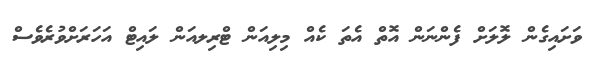
ވަށައިގެން ލޮލަށް ފެންނަން އޮތް އެތަ ކެއް މިލިއަން ޓްރިލއަން ލައިޓް އަހަރަށްވުރެވެސް